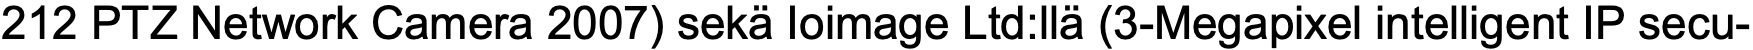
212 PTZ Network Camera 2007) sekä Ioimage Ltd:llä (3-Megapixel intelligent IP secu-